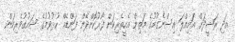
އަދި ރަޝީދަށް އަމިއްލަ އިސްނެގުމުގެ މަތިން އެހީތެރިކަން ފޯރުކޮށްދޭން ފަންޑެއް ހުޅުވުމުގެ ޝައުގުވެރިކަން